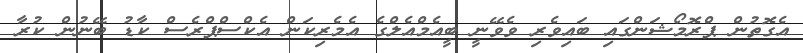
އެގޮތުން ޕްރޮމޯޝަންގައި ބައިވެރި ވެވޭނީ ބީއެމްއެލްގެ އެމެރިކަން އެކްސްޕްރެސް ކާޑު ބޭނުން ކުރާ